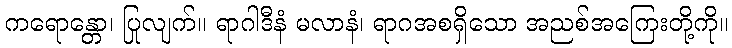
ကရောန္တော၊ ပြုလျက်။ ရာဂါဒီနံ မလာနံ၊ ရာဂအစရှိသော အညစ်အကြေးတို့ကို။